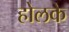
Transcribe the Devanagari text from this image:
होलके